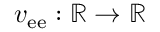
v _ { \mathrm { e e } } : \mathbb { R } \rightarrow \mathbb { R }